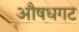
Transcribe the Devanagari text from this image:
औषधगट